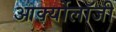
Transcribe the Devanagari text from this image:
आर्क्योलॉजी